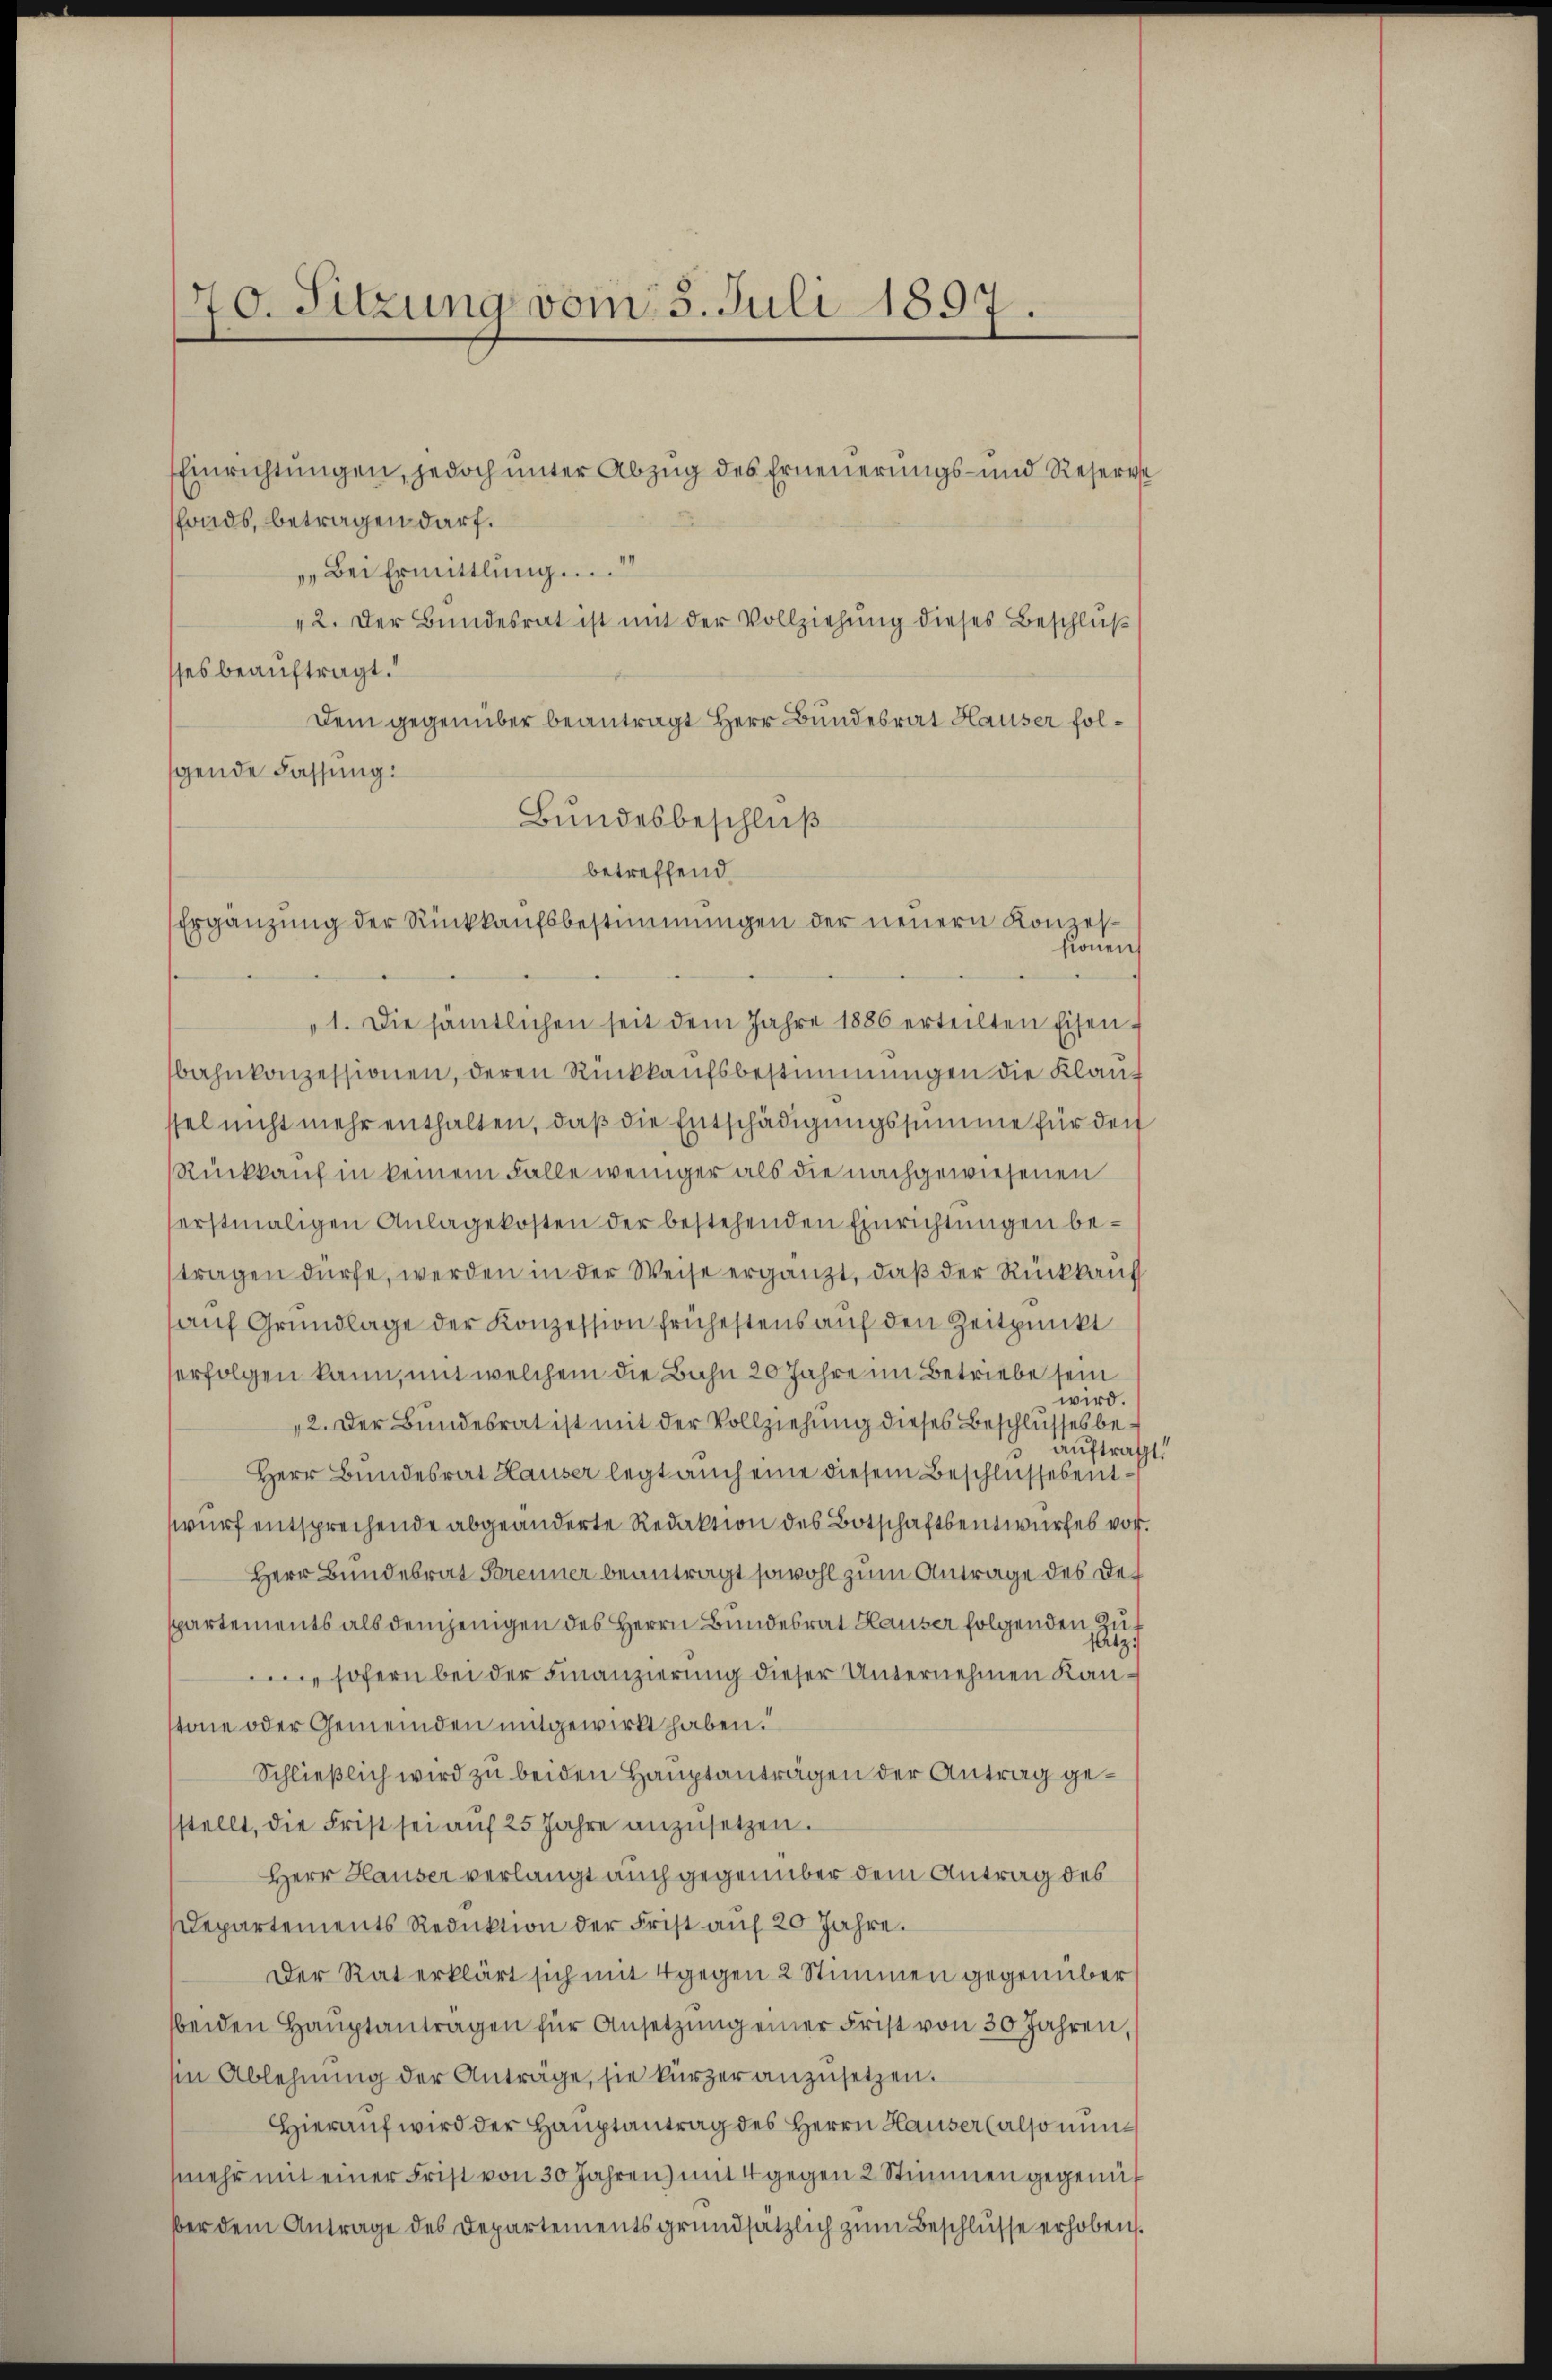
70. Sitzung vom 5. Juli 1897.

Bundesbeschluß
betreffend
Ergänzung der Rückkaufsbestimmungen der neuern Konzes¬

fonds, betragen darf.
„Bei Ermittlung...
„2. Der Bundesrat ist mit der Vollziehung dieses Beschluß
sses beauftragt.
Dem gegenüber beantragt Herr Bundesrat Hauser folgende Fassung:
„1. Die sämtlichen seit dem Jahre 1886 erteilten Eisen
bahnkonzessionen, deren Rückkaufsbestimmungen die Klauch
ssel nicht mehr enthalten, daß die Entschädigungssumme für den
Rückkauf in keinem Falle weniger als die nachgewiesenen
serstmaligen Anlagekosten der bestehenden Einrichtungen betragen dürfe, werden in der Weise ergänzt, daß der Rückkauf
auf Grundlage der Konzession frühestens auf den Zeitpunkt
erfolgen kann, mit welchem die Bahn 20 Jahre im Betriebe sein
wird.
„2. Der Bundesrat ist mit der Vollziehung dieses Beschlusses beauftragt
Herr Bundesrat Hauser legt auch eine diesem Beschlussesentwurf entsprechende abgeänderte Redaktion des Botschaftsentwurfes vor.
Herr Bundesrat Brenner beantragt sowohl zum Antrage des Despartements als demjenigen des Herrn Bundesrat Hauser folgenden Zusatz:
sofern bei der Finanzierung dieser Unternehmen Kantone oder Gemeinden mitgewirkt haben.
Schließlich wird zu beiden Hauptanträgen der Antrag gestellt, die Frist sei aŭf 25 Jahre anzŭsetzen.
Herr Hauser verlangt auch gegenüber dem Antrag des
Departements Reduktion der Frist auf 20 Jahre.
Der Rat erklärt sich mit 4 gegen 2 Stimmen gegenüber
beiden Haŭptanträgen für Ansetzung einer Frist von 30 Jahren,
in Ablehnung der Anträge, sie kürzer anzusetzen.
Hierauf wird der Hauptantrag des Herrn Hauser (also nunmehr mit einer Frist von 30 Jahren) mit 4 gegen 2 Stimmen gegenüt
ber dem Antrage des Departementsgrundsätzlich zum Beschlusse erhoben.

Einrichtungen, jedoch unter Abzug des Erneuerungs- und Reserese

sionen